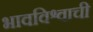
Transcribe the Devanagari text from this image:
भावविश्वाची